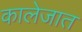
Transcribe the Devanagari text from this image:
कालेजात